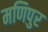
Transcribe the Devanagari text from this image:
मणिपुर